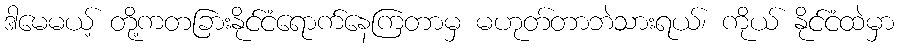
ဒါမေမယ့် တို့ကတခြားနိုင်ငံရောက်နေကြတာမှ မဟုတ်တာဘဲသားရယ်၊ ကိုယ် နိုင်ငံထဲမှာ